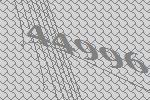
44996